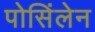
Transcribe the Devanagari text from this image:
पोसिंलेन